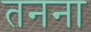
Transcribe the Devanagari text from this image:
तनना